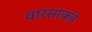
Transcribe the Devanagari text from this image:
वारसाकडे